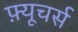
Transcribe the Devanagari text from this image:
फ़्यूचर्स